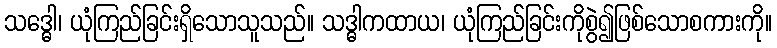
သဒ္ဓေါ၊ ယုံကြည်ခြင်းရှိသောသူသည်။ သဒ္ဓါကထာယ၊ ယုံကြည်ခြင်းကိုစွဲ၍ဖြစ်သောစကားကို။